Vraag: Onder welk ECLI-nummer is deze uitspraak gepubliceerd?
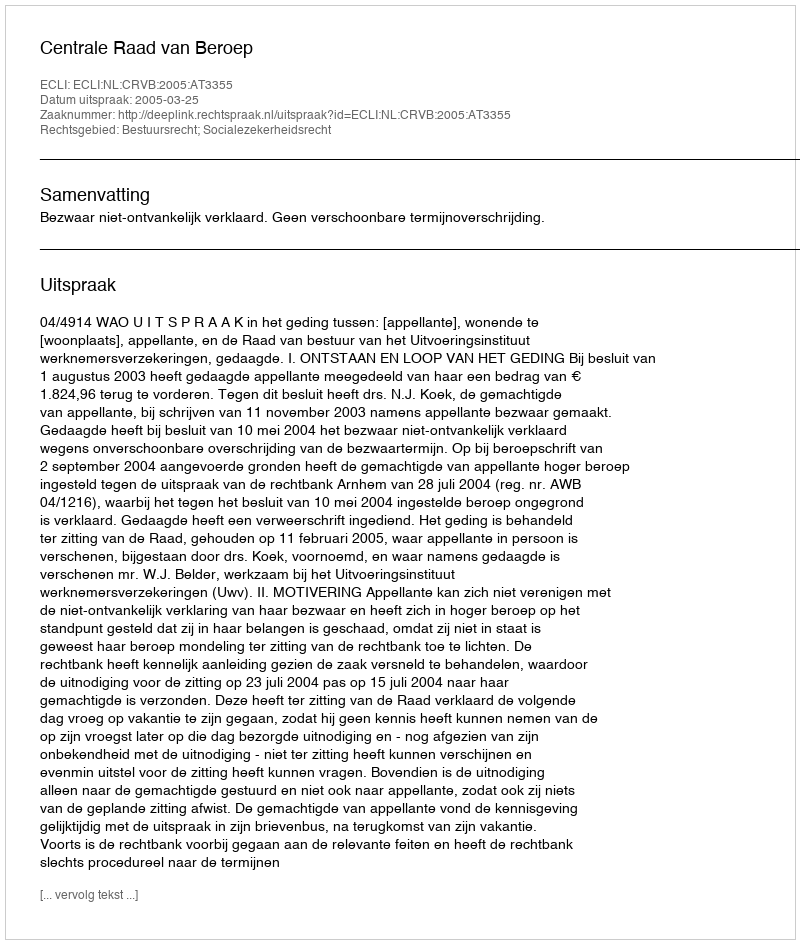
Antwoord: ECLI:NL:CRVB:2005:AT3355